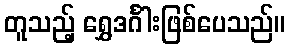
တူသည့် ရွှေဒင်္ဂါးဖြစ်ပေသည်။